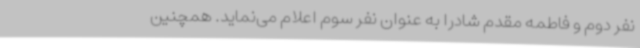
نفر دوم و فاطمه مقدم شادرا به عنوان نفر سوم اعلام می‌نماید. همچنین